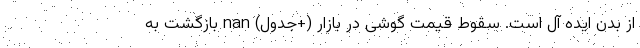
از بدن ایده آل است. سقوط قیمت گوشی در بازار (+جدول) nan بازگشت به